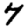
Digit: 4